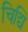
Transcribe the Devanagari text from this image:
चिद्यि